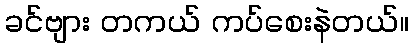
ခင်ဗျား တကယ် ကပ်စေးနဲတယ်။